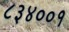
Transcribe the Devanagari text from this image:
८३४००१